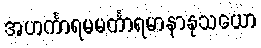
အဟင်္ကာရမမင်္ကာရမာနာနုသယော